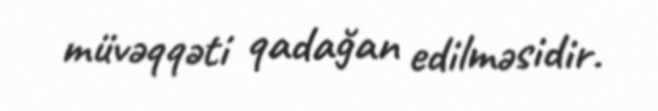
müvəqqəti qadağan edilməsidir.